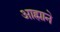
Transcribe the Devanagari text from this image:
आह्माने